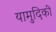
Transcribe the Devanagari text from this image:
यामुदिकी